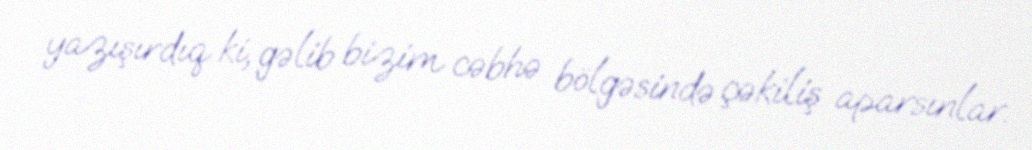
yazışırdıq ki, gəlib bizim cəbhə bölgəsində çəkiliş aparsınlar.